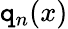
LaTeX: \mathtt{q}_{n}(x)